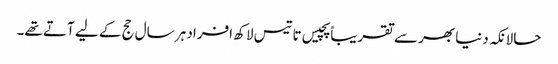
حالانکہ دنیا بھر سے تقریباً پچیس تا تیس لاکھ افراد ہر سال حج کے لیے آتے تھے۔